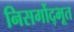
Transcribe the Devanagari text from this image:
निसर्गोद्भूत